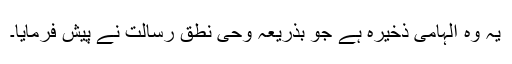
یہ وہ الہامی ذخیرہ ہے جو بذریعہ وحی نطق رسالت نے پیش فرمایا۔